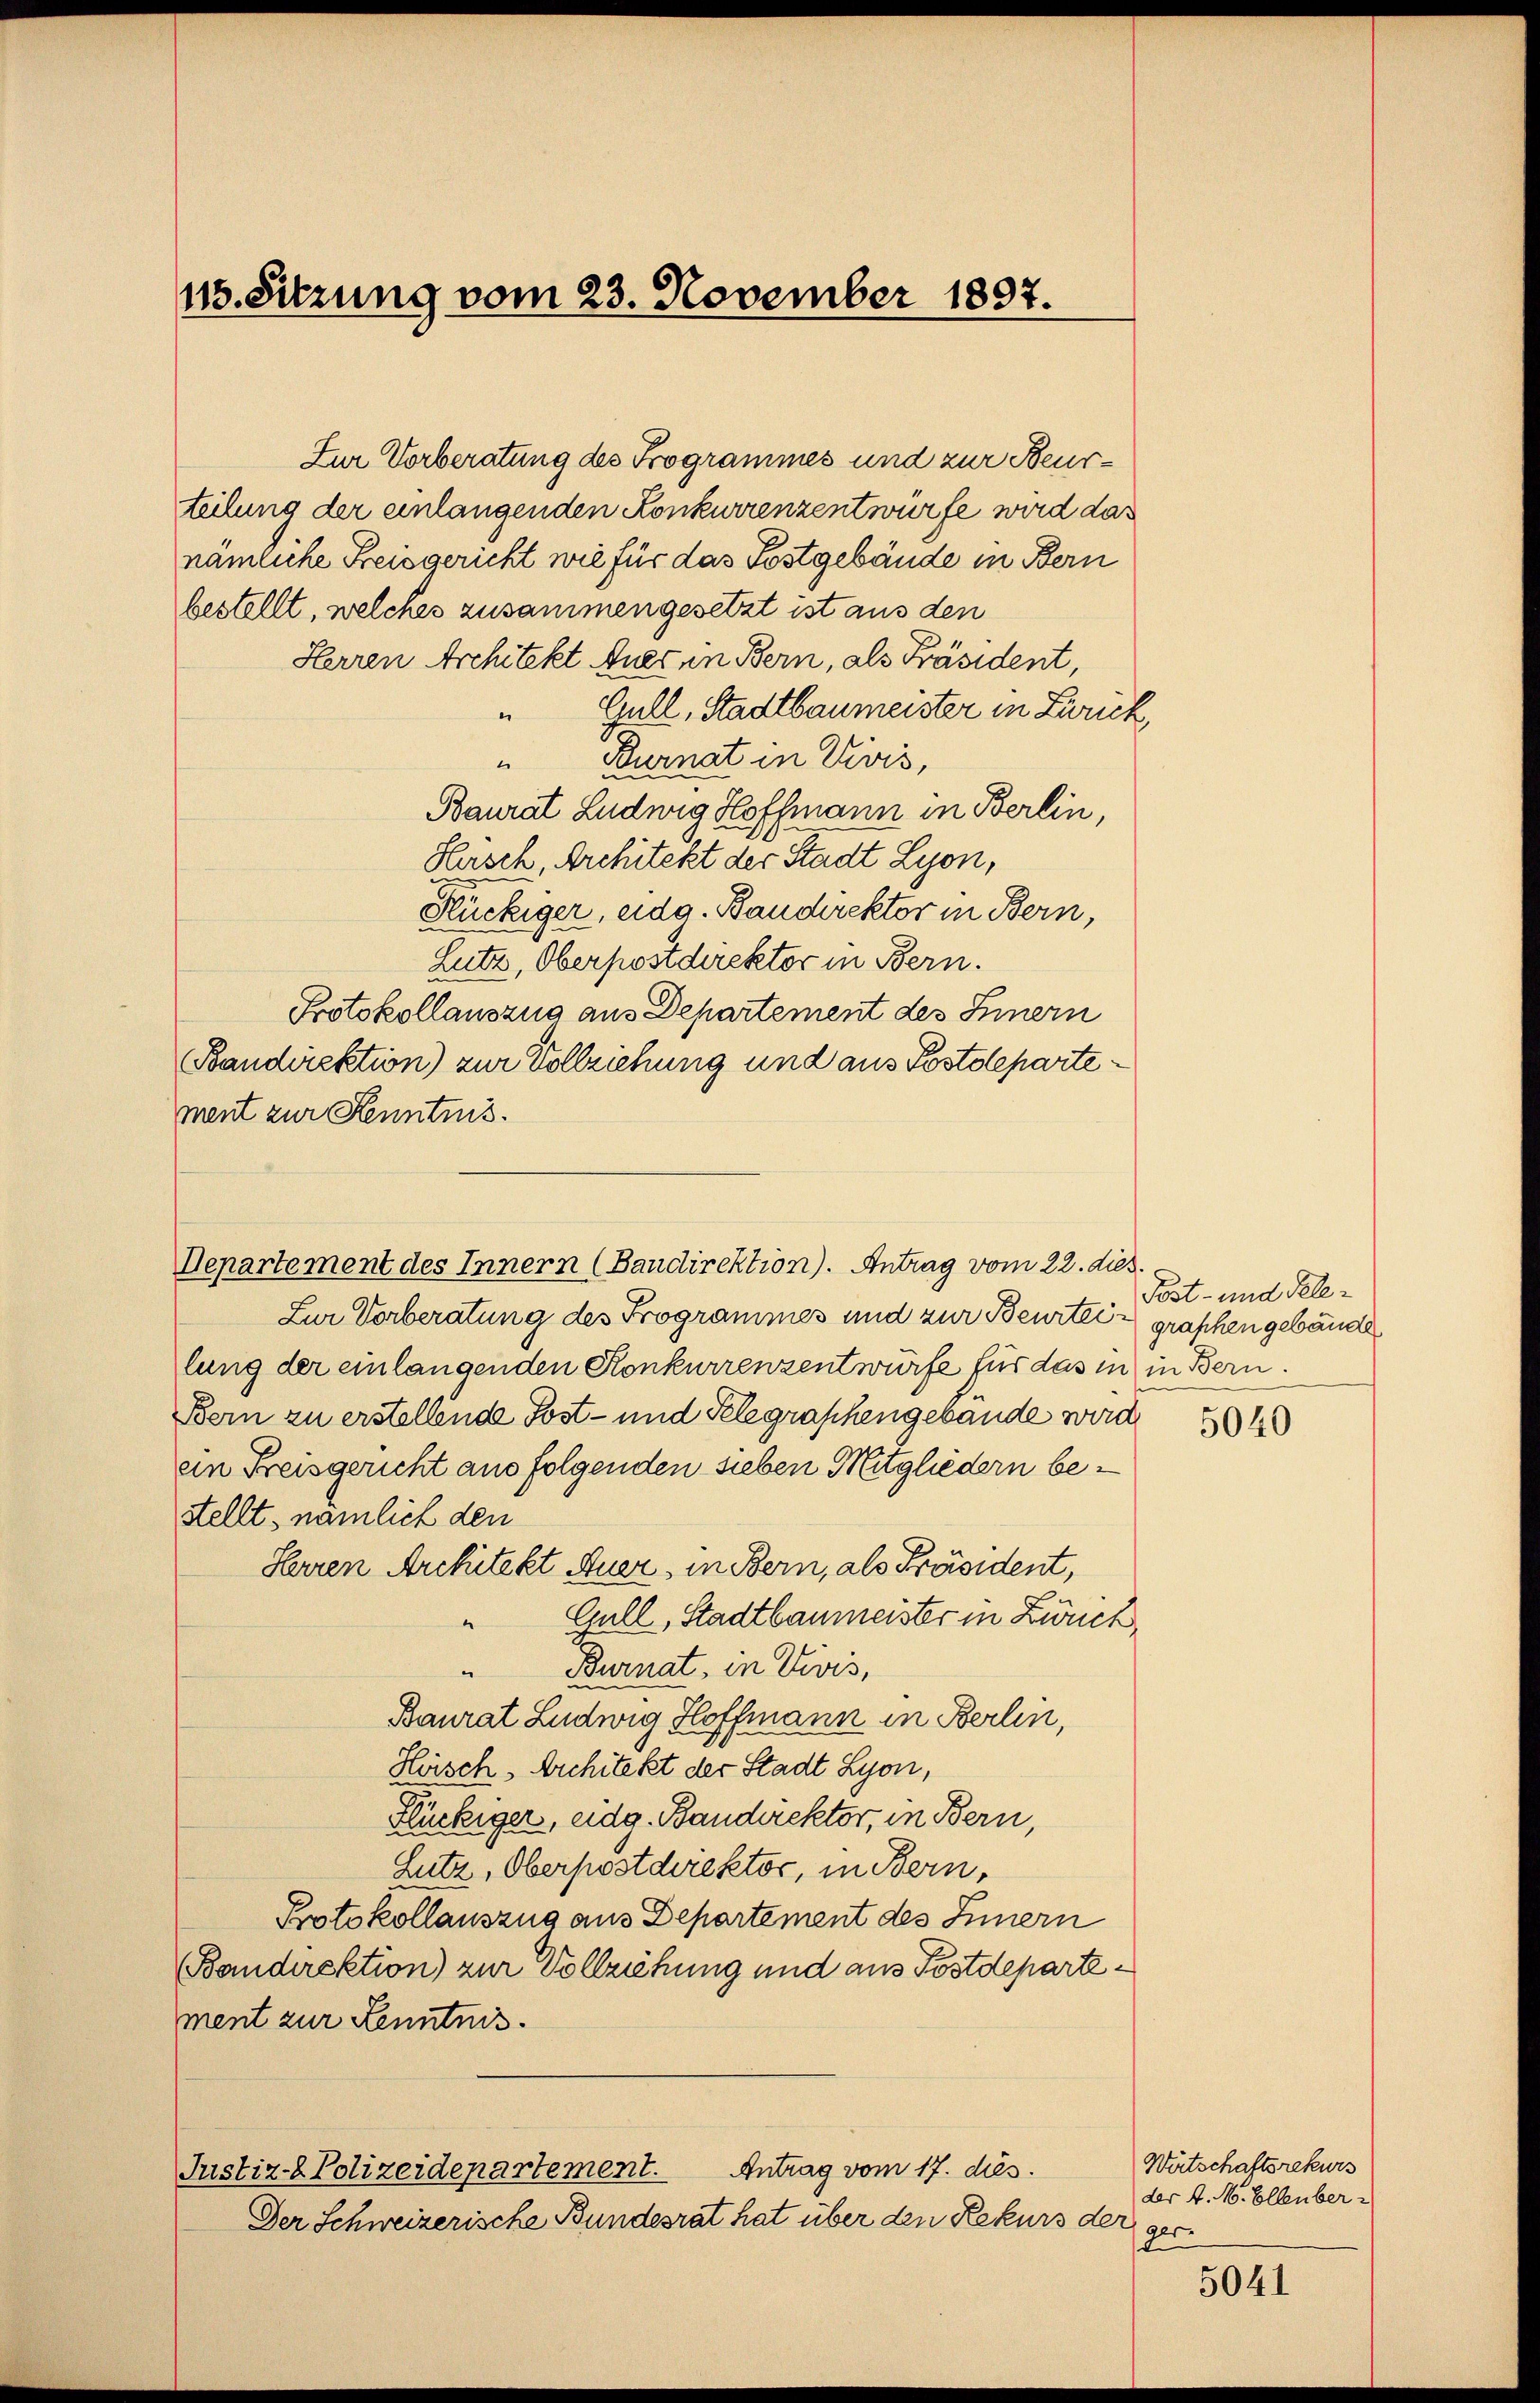
115. Sitzung vom 23. November 1897.

Zur Vorberatung des Programmes und zur Beurteilung der einlangenden Konkurrenzentwürfe wird das
nämliche Freisgericht wie für das Postgebäude in Bern
bestellt, welches zusammengesetzt ist aus den
Herren Architekt Auer in Bern, als Präsident,
Gull, Stadtbaumeister in Zurick,
e
"Durnat in Divis,
Baurat Ludwig Hoffmann in Berlin,
Hersch, Architekt der Stadt Lyon,
Hückiger, eidg. Bandirektor in Bern,
Lutz, Oberpostdirektor in Bern.
Protokollauszug aus Departement des Innern
Bandirektion) zur Vollziehung und aus Postdepartement zur Kenntnis.

Zur Vorberatung des Programmes und zur Beurtei graphen gebäude
lung der einlangenden Konkurrenzentwürfe für das in in Bern.
Bern zu erstellende Post- und Telegraphengebäude wird
ein Freisgericht aus folgenden sieben Mitgliedern bestellt, nämlich den
Herren Architekt Auer, in Bern, als Präsident,
" Gull, Stadtbaumeister in Zweck,
Burnat, in Divis,
Baurat Ludwig Hoffmann in Berlin,
Hoisch, Architekt der Stadt Lyon,
Hückiger, eidg. Bandirektor, in Bern,
Lutz, Oberpostdirektor, in Bern,
Protokollauszug aus Departement des Innern
Bandirektion) zur Vollziehung und aus Postdepartement zur Kenntnis.
Antrag vom 17. dies
Justiz-Polizeidepartement.
Der Schweizerische Bundesrat hat über den Rekurs der ger¬

Departement des Innern (Baudirektion). Antrag vom 22. dies

Post- und Tele¬

5040

Wirtschaftsrekurs
der 4. M. Ellenber

5041